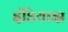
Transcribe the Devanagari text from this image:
इंडियाझ